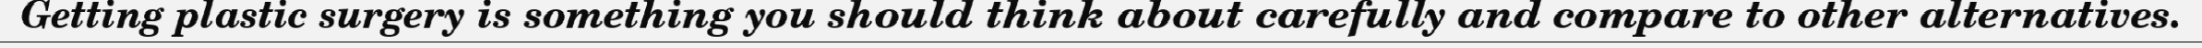
Getting plastic surgery is something you should think about carefully and compare to other alternatives.